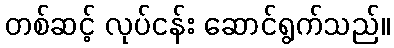
တစ်ဆင့် လုပ်ငန်း ဆောင်ရွက်သည်။